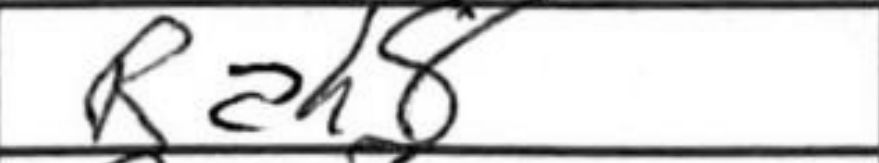
Transcription: Rah8